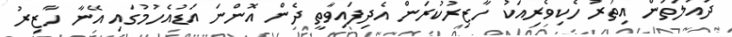
ދައުލަތުން އިތުރު ހެކިވެރިއަކު ހާޒިރުކުރަން އެދިފައިވާތީ ދެން އޮންނަ އަޑުއެހުމުގައި އޭނާ ހާޒިރު